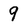
Character: 9